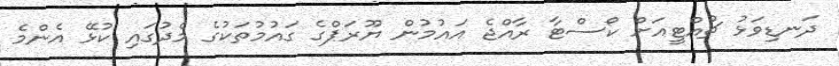
ދަނޑިވަޅު ޗުއްޓީއަށް ކޯސްޓާ ރާއްޖެ އައުމުން ޔޫރަޕްގެ ގައުމުތަކުގެ މެދުގައި ކުޅޭ އެންމެ